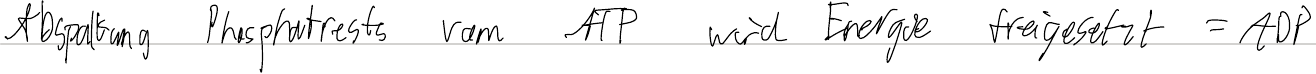
Abspaltung Phosphatrests vom ATP wird Energie freigesetzt = ADP